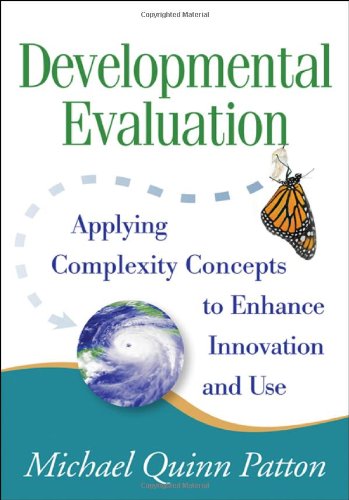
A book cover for Developmental Evaluation: ApplyingÂ Complexity Concepts to Enhance Innovation and Use; Michael Quinn Patton; Medical Books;